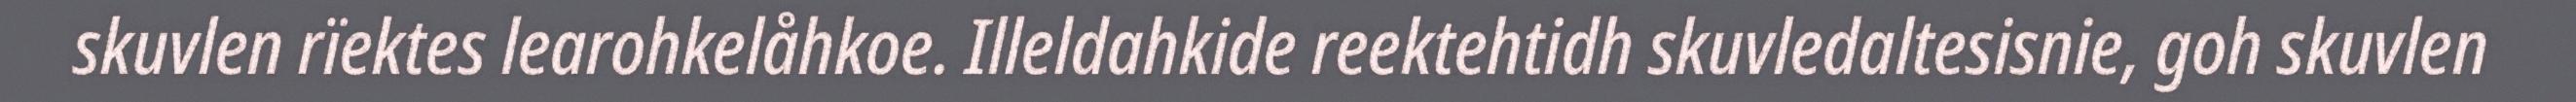
skuvlen rïektes learohkelåhkoe. Illeldahkide reektehtidh skuvledaltesisnie, goh skuvlen